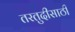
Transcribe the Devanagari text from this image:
तरतुदीसाठी